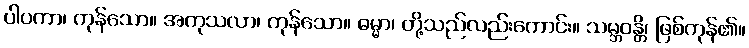
ပါပကာ၊ ကုန်သော။ အကုသလာ၊ ကုန်သော။ ဓမ္မာ၊ တို့သည်လည်းကောင်း။ သမ္ဘဝန္တိ၊ ဖြစ်ကုန်၏။